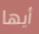
أيها